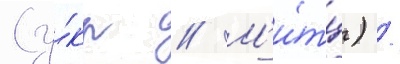
(у́кр // М'и́тц) /